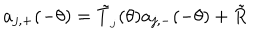
a _ { j , + } ( - \theta ) = \tilde { T } _ { _ { j } } ( \theta ) a _ { j , - } ( - \theta ) + \tilde { R }